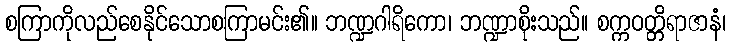
စကြာကိုလည်စေနိုင်သောစကြာမင်း၏။ ဘဏ္ဍဂါရိကော၊ ဘဏ္ဍာစိုးသည်။ စက္ကဝတ္တိရာဇာနံ၊